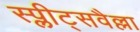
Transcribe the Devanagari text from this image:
स्प्लीट्सवैल्ला